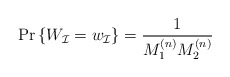
\begin{align*}\Pr\left\{W_\mathcal{I}=w_\mathcal{I}\right\}=\frac{1}{M_1^{(n)}M_2^{(n)}} \end{align*}